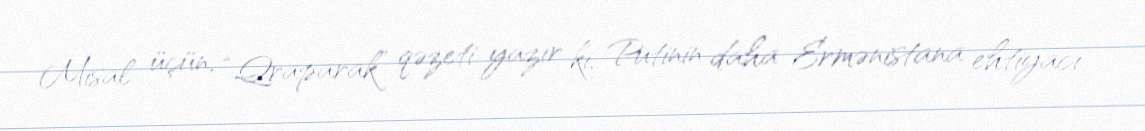
Misal üçün, “Qraparak” qəzeti yazır ki, Putinin daha Ermənistana ehtiyacı